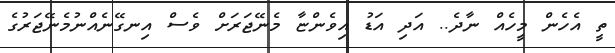
ތީ އެހެން މީހެއް ނާދެ.. އަދި އަޑު އިވެންޏާ މެނޭޖަރަށް ވެސް އިނގޭނެއްނުމެނޭޖަރުގެ